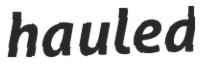
hauled